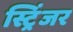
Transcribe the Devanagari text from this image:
स्ट्रिंजर